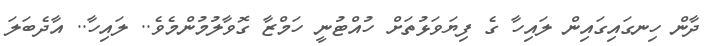
ދާން ހިނގައިގައިން ލައިހާ ގެ ފިޔަވަޅުތަށް ހުއްޓުނީ ހަމްޒާ ގޮވާލުމުންމެވެ.. ލައިހާ.. އާދެބަލަ